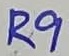
Text: R9